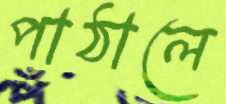
পাঠালে